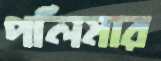
পলিমার